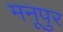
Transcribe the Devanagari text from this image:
मनूपुर